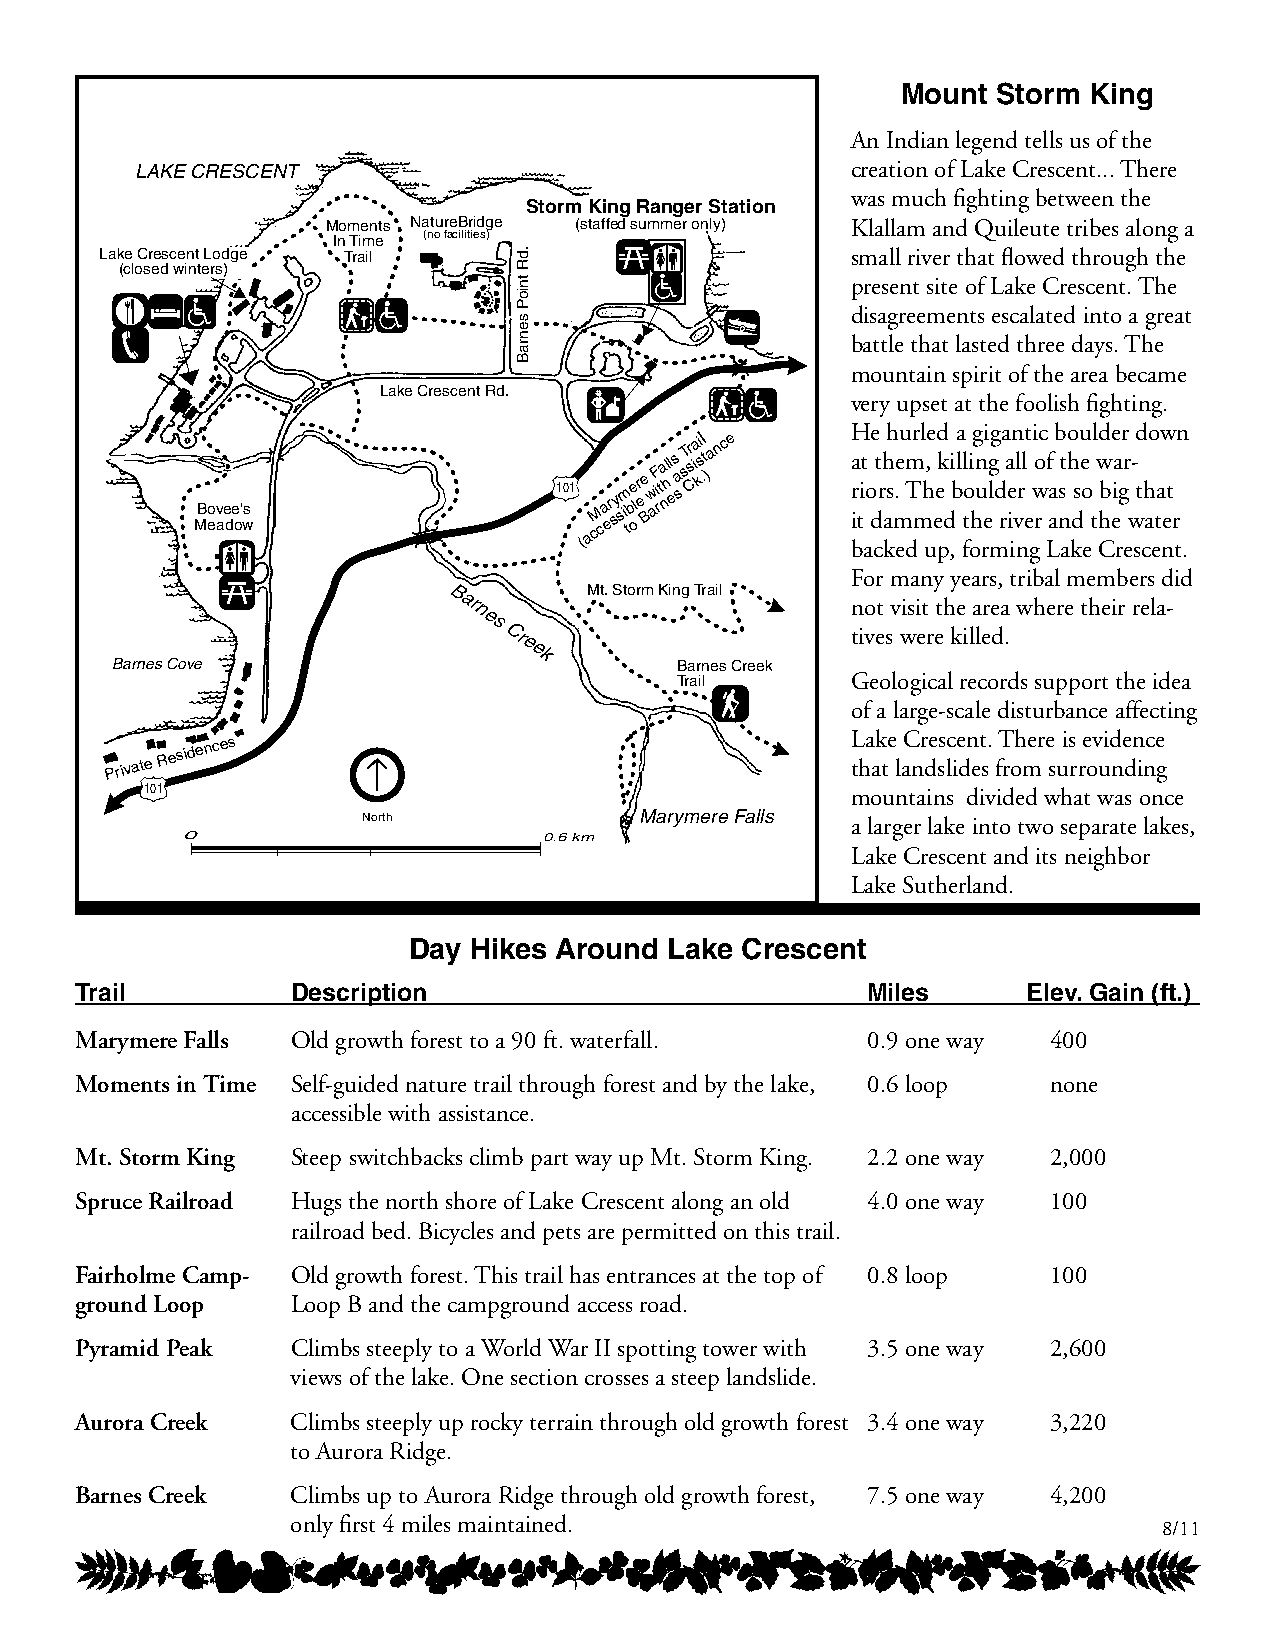
Mount Storm King
 An Indian legend tells us of the
 LAKE CRESCENT                                  creation of Lake Crescent... There
 was much fighting between the
 Storm King Ranger Station
 Moments NatureBridge (staffed summer only) Klallam and Quileute tribes along a
 In Time (no facilities)
 Lake Crescent Lodge Trail                        small river that flowed through the
 (closed winters)
 present site of Lake Crescent. The
 disagreements escalated into a great
 battle that lasted three days. The
 mountain spirit of the area became
 Lake Crescent Rd.
 very upset at the foolish fighting.
 He hurled a gigantic boulder down
 MBo ev ae de o' ws      101 (acM ca er sy s im tble
 o
 r e e B w aiF rta nl hl es a s
 sTr
 s
 Cia ki sl
 .t
 )ance
 a r i btit
 a
 o d ct rh kas m.e
 e
 m dT m h u, ee pk d ,i b l fl toi ohn u reg l
 m
 d r a ie ivl nrl e gwo r f La a s nt
 a
 h kdse o
 e
 t w Chb eia rg r ew - st ch a eta net r
 t .
 For many years, tribal members did
 Bar      Mt. Storm King Trail
 not visit the area where their rela-
 nes
 Creek                  tives were killed.
 Barnes Cove                           Barnes Creek
 Trail      Geological records support the idea
 of a large-scale disturbance affecting
 Private
 Residences                                    L tha ak te
 l
 aC nr de ss lc ie dn et s. fT roh mer e
 s
 uis
 r
 re ov uid ne dn ince
 g
 101                                           mountains divided what was once
 North             Marymere Falls a larger lake into two separate lakes,
 0                       0.6 km
 Lake Crescent and its neighbor
 0                      2000 feet
 Lake Sutherland.
 Day Hikes Around Lake Crescent
 Trail         Description                           Miles      Elev. Gain (ft.)
 Marymere Falls Old growth forest to a 90 ft. waterfall. 0.9 one way 400
 Moments in Time Self-guided nature trail through forest and by the lake, 0.6 loop none
 accessible with assistance.
 Mt. Storm King Steep switchbacks climb part way up Mt. Storm King. 2.2 one way 2,000
 Spruce Railroad Hugs the north shore of Lake Crescent along an old 4.0 one way 100
 railroad bed. Bicycles and pets are permitted on this trail.
 Fairholme Camp- Old growth forest. This trail has entrances at the top of 0.8 loop 100
 ground Loop   Loop B and the campground access road.
 Pyramid Peak  Climbs steeply to a World War II spotting tower with 3.5 one way 2,600
 views of the lake. One section crosses a steep landslide.
 Aurora Creek  Climbs steeply up rocky terrain through old growth forest 3.4 one way 3,220
 to Aurora Ridge.
 Barnes Creek  Climbs up to Aurora Ridge through old growth forest, 7.5 one way 4,200
 only first 4 miles maintained.                            8/11
 .dR
 tnioP
 senraB